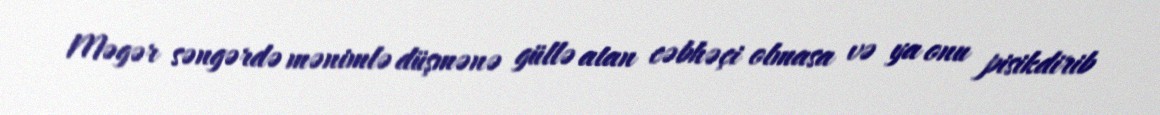
Məgər səngərdə mənimlə düşmənə güllə atan cəbhəçi olmasa və ya onu pisikdirib